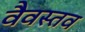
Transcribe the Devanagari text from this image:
वैवस्तव